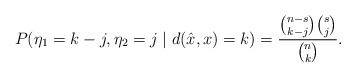
LaTeX: \begin{align*} P(\eta_1 = k-j, \eta_2 = j \mid d(\hat{x}, x) = k) = \frac{\binom{n-s}{k-j} \binom{s}{j}}{\binom{n}{k}}. \end{align*}